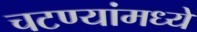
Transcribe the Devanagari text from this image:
चटण्यांमध्ये